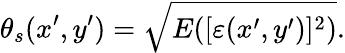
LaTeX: \theta_{s}(x^{\prime},y^{\prime})=\sqrt{E([\varepsilon(x^{\prime},y^{\prime})]^{2})}.